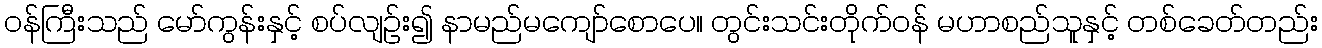
ဝန်ကြီးသည် မော်ကွန်းနှင့် စပ်လျဉ်း၍ နာမည်မကျော်စောပေ။ တွင်းသင်းတိုက်ဝန် မဟာစည်သူနှင့် တစ်ခေတ်တည်း